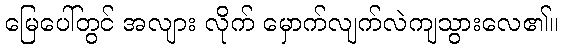
မြေပေါ်တွင် အလျား လိုက် မှောက်လျက်လဲကျသွားလေ၏။